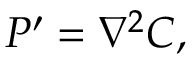
{ \cal P } ^ { \prime } = { \nabla ^ { 2 } } C ,